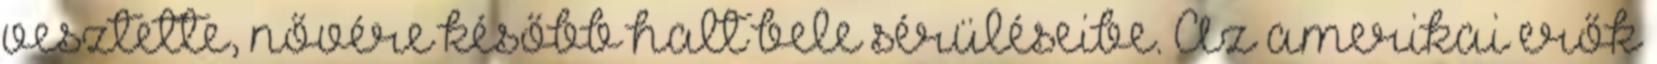
vesztette, nővére később halt bele sérüléseibe. Az amerikai erők